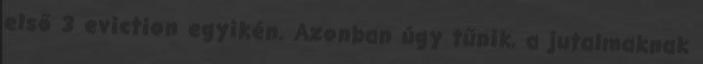
első 3 eviction egyikén. Azonban úgy tűnik, a jutalmaknak